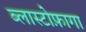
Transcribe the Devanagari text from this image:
ब्लास्टोफ़ागा